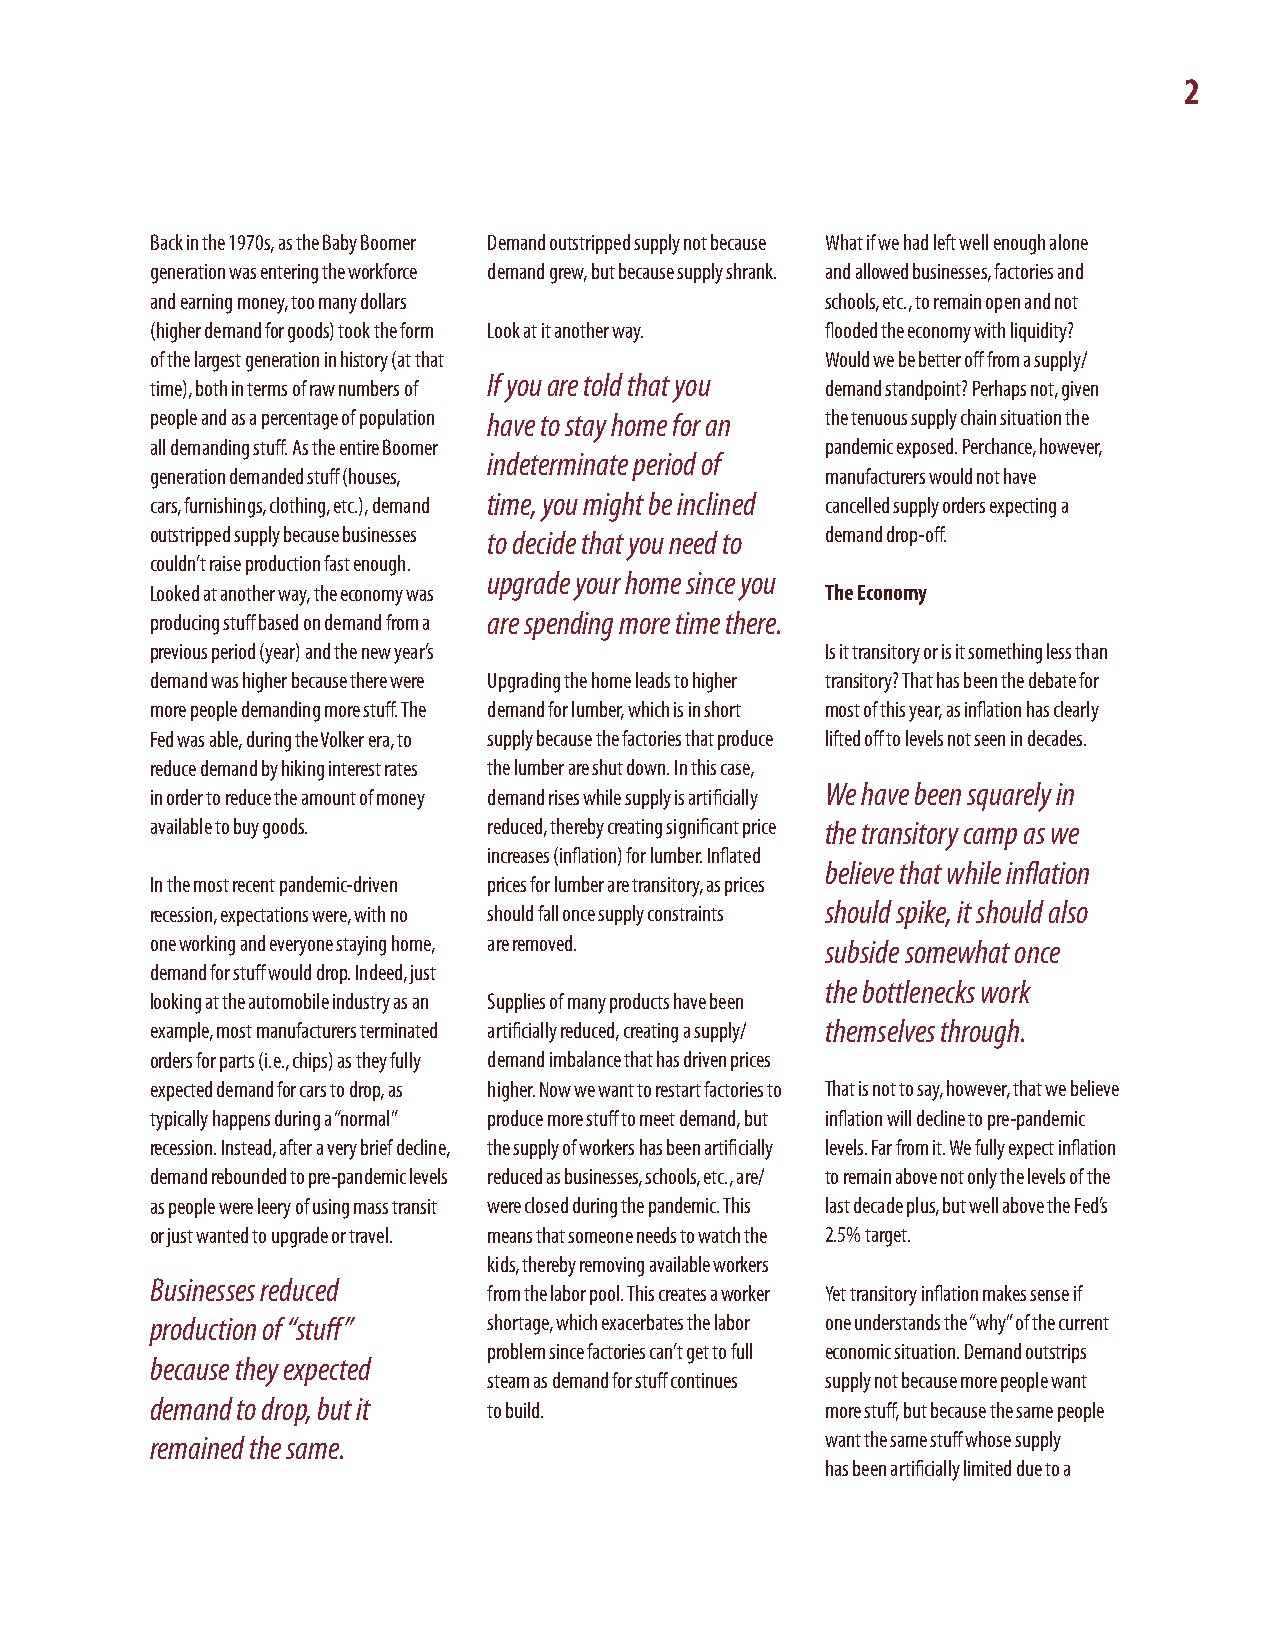
2
 Back in the 1970s, as the Baby Boomer Demand outstripped supply not because What if we had left well enough alone
 generation was entering the workforce demand grew, but because supply shrank. and allowed businesses, factories and
 and earning money, too many dollars          schools, etc., to remain open and not
 (higher demand for goods) took the form Look at it another way. flooded the economy with liquidity?
 of the largest generation in history (at that Would we be better off from a supply/
 If you are told that you
 time), both in terms of raw numbers of       demand standpoint? Perhaps not, given
 people and as a percentage of population have to stay home for an the tenuous supply chain situation the
 all demanding stuff. As the entire Boomer    pandemic exposed. Perchance, however,
 indeterminate period of
 generation demanded stuff (houses,           manufacturers would not have
 cars, furnishings, clothing, etc.), demand time, you might be inclined cancelled supply orders expecting a
 outstripped supply because businesses to decide that you need to demand drop-off.
 couldn’t raise production fast enough.
 upgrade your home since you
 Looked at another way, the economy was       The Economy
 producing stuff based on demand from a are spending more time there.
 previous period (year) and the new year’s    Is it transitory or is it something less than
 demand was higher because there were Upgrading the home leads to higher transitory? That has been the debate for
 more people demanding more stuff. The demand for lumber, which is in short most of this year, as inflation has clearly
 Fed was able, during the Volker era, to supply because the factories that produce lifted off to levels not seen in decades.
 reduce demand by hiking interest rates the lumber are shut down. In this case,
 We have been squarely in
 in order to reduce the amount of money demand rises while supply is artificially
 available to buy goods. reduced, thereby creating significant price the transitory camp as we
 increases (inflation) for lumber. Inflated
 believe that while inflation
 In the most recent pandemic-driven prices for lumber are transitory, as prices
 recession, expectations were, with no should fall once supply constraints should spike, it should also
 one working and everyone staying home, are removed. subside somewhat once
 demand for stuff would drop. Indeed, just
 the bottlenecks work
 looking at the automobile industry as an Supplies of many products have been
 example, most manufacturers terminated artificially reduced, creating a supply/ themselves through.
 orders for parts (i.e., chips) as they fully demand imbalance that has driven prices
 expected demand for cars to drop, as higher. Now we want to restart factories to That is not to say, however, that we believe
 typically happens during a “normal” produce more stuff to meet demand, but inflation will decline to pre-pandemic
 recession. Instead, after a very brief decline, the supply of workers has been artificially levels. Far from it. We fully expect inflation
 demand rebounded to pre-pandemic levels reduced as businesses, schools, etc., are/ to remain above not only the levels of the
 as people were leery of using mass transit were closed during the pandemic. This last decade plus, but well above the Fed’s
 or just wanted to upgrade or travel. means that someone needs to watch the 2.5% target.
 kids, thereby removing available workers
 Businesses reduced
 from the labor pool. This creates a worker Yet transitory inflation makes sense if
 production of “stuff” shortage, which exacerbates the labor one understands the “why” of the current
 problem since factories can’t get to full economic situation. Demand outstrips
 because they expected
 steam as demand for stuff continues supply not because more people want
 demand to drop, but it to build.             more stuff, but because the same people
 remained the same.                           want the same stuff whose supply
 has been artificially limited due to a